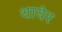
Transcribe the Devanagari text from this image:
थायेर